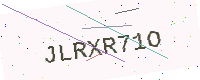
Text: JLRXR71O